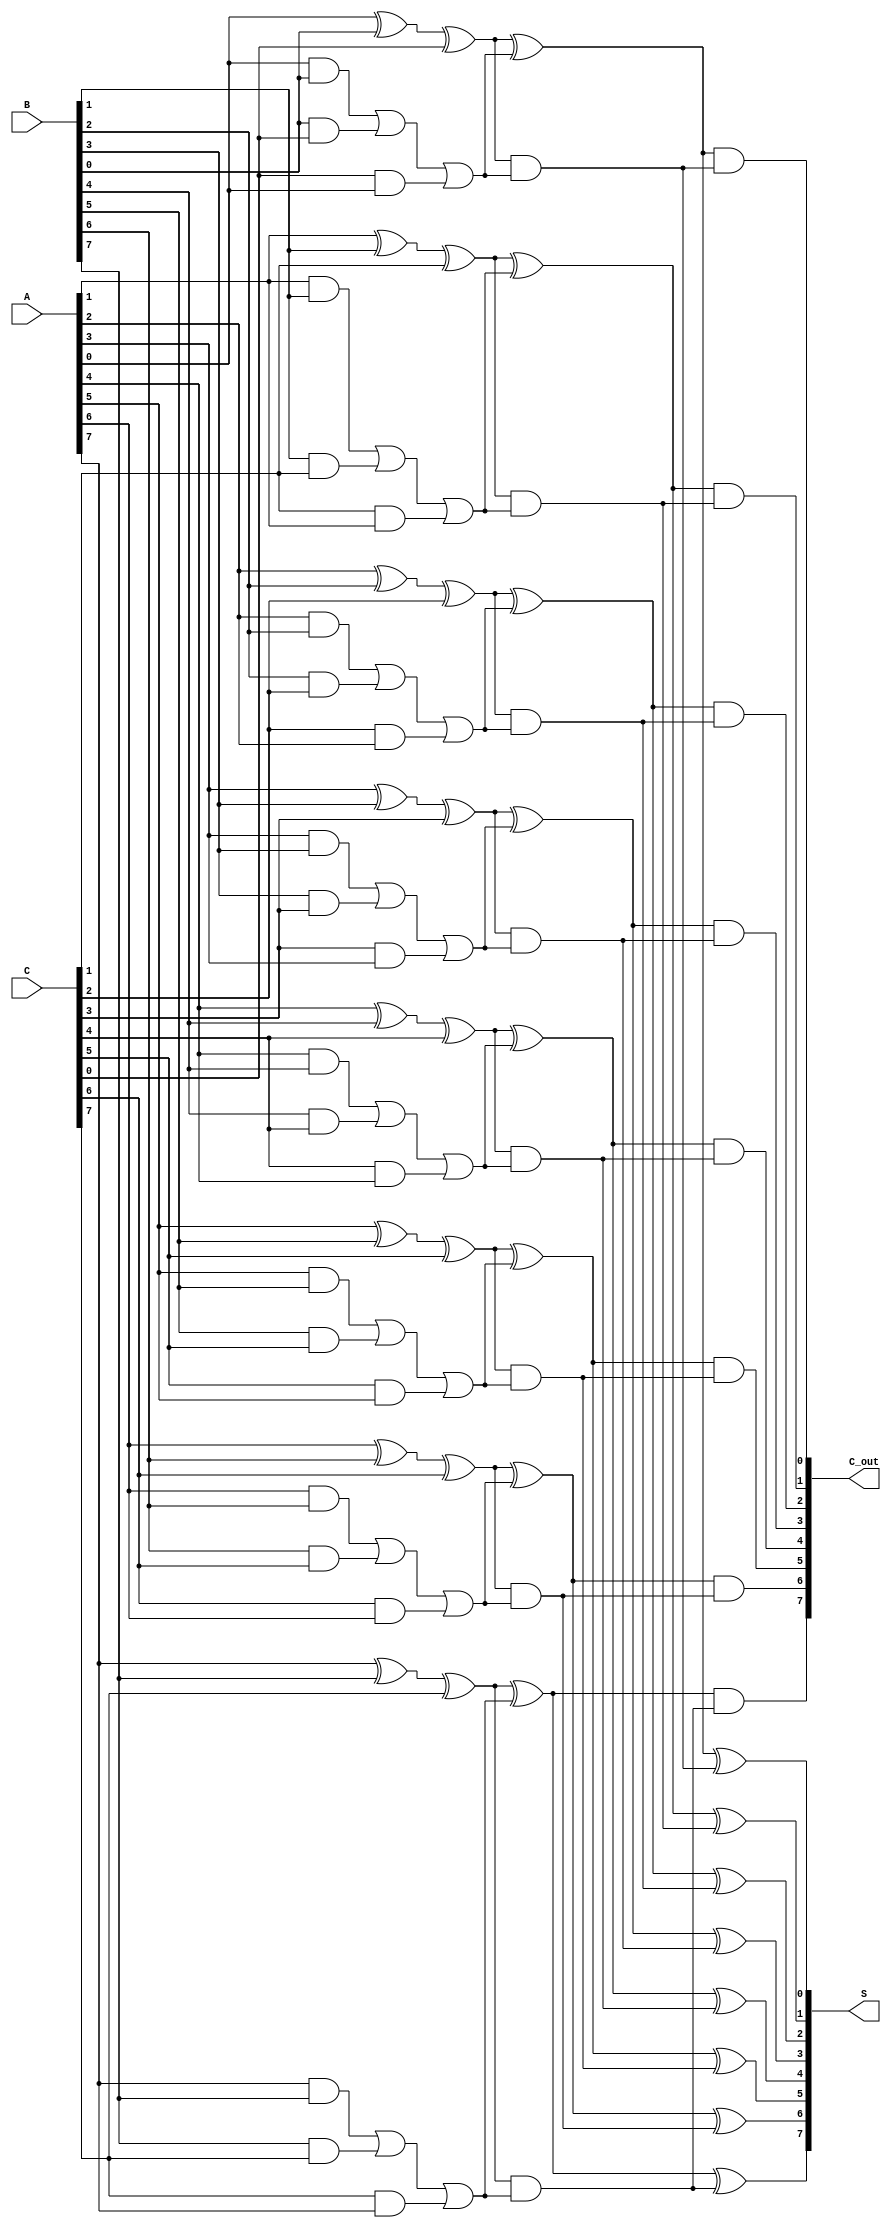
module carry_save_adder #(
    parameter N = 8  // Width of the operands
)(
    input  [N-1:0] A,  // First operand
    input  [N-1:0] B,  // Second operand
    input  [N-1:0] C,  // Third operand
    output [N-1:0] S,  // Final sum output
    output [N-1:0] C_out // Final carry output
);

    // Intermediate signals for partial sums and carries
    wire [N-1:0] S1, S2, S3;
    wire [N-1:0] C1, C2, C3;

    // First stage of CSA: Compute partial sums and carries
    genvar i;
    generate
        for (i = 0; i < N; i = i + 1) begin : CSA_stage1
            // Full adder for A, B, and C
            assign S1[i] = A[i] ^ B[i] ^ C[i]; // Partial sum
            assign C1[i] = (A[i] & B[i]) | (B[i] & C[i]) | (C[i] & A[i]); // Carry
        end
    endgenerate

    // Second stage of CSA: Combine partial sums and carries
    wire [N-1:0] S2_temp, C2_temp;
    generate
        for (i = 0; i < N; i = i + 1) begin : CSA_stage2
            // Full adder for S1 and C1
            assign S2_temp[i] = S1[i] ^ C1[i]; // New partial sum
            assign C2_temp[i] = S1[i] & C1[i]; // New carry
        end
    endgenerate

    // Final stage: Combine S2_temp and C2_temp
    generate
        for (i = 0; i < N; i = i + 1) begin : CSA_stage3
            // Final sum and carry
            assign S[i] = S2_temp[i] ^ C2_temp[i]; // Final sum
            assign C_out[i] = S2_temp[i] & C2_temp[i]; // Final carry
        end
    endgenerate

endmodule